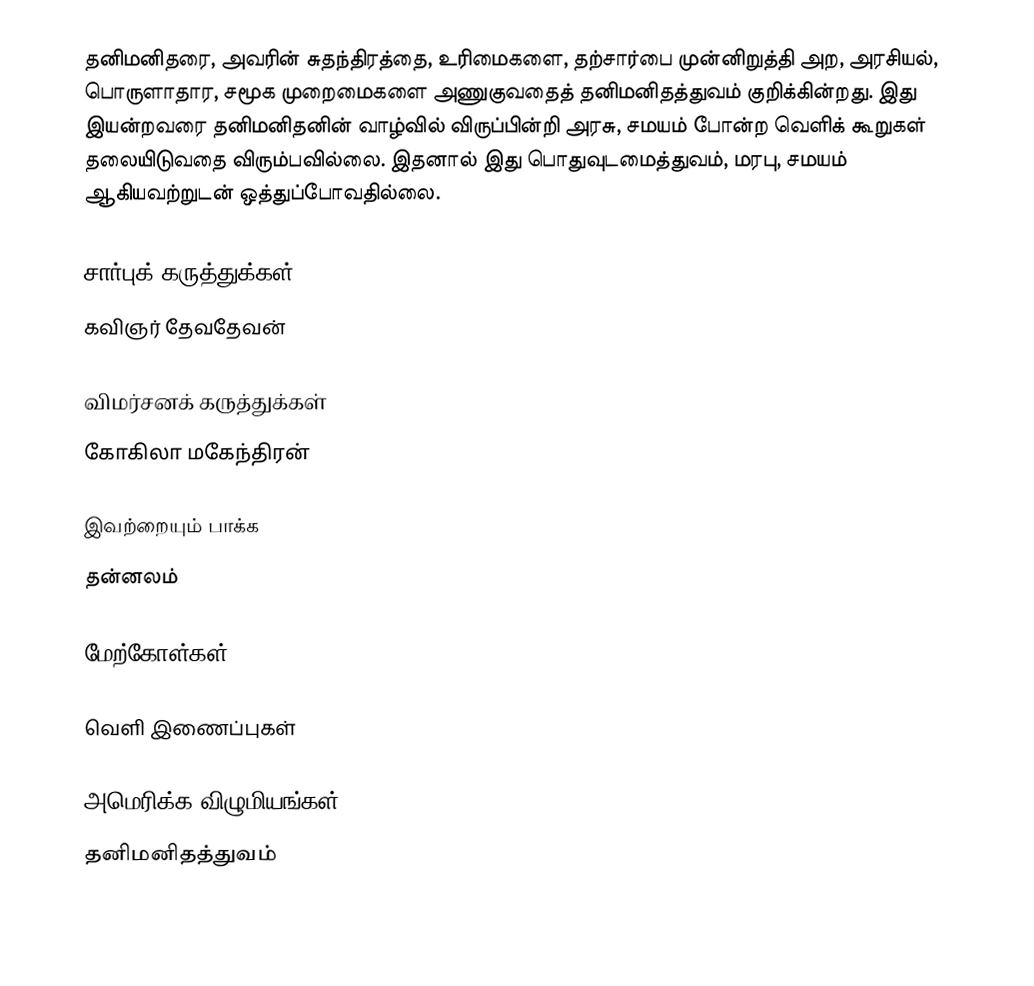
தனிமனிதரை, அவரின் சுதந்திரத்தை, உரிமைகளை, தற்சார்பை முன்னிறுத்தி அற, அரசியல், பொருளாதார, சமூக முறைமைகளை அணுகுவதைத் தனிமனிதத்துவம் குறிக்கின்றது.  இது இயன்றவரை தனிமனிதனின் வாழ்வில் விருப்பின்றி அரசு, சமயம் போன்ற வெளிக் கூறுகள் தலையிடுவதை விரும்பவில்லை.  இதனால் இது பொதுவுடமைத்துவம், மரபு, சமயம் ஆகியவற்றுடன் ஒத்துப்போவதில்லை.

சார்புக் கருத்துக்கள்
 கவிஞர் தேவதேவன்

விமர்சனக் கருத்துக்கள்
கோகிலா மகேந்திரன்

இவற்றையும் பாக்க
 தன்னலம்

மேற்கோள்கள்

வெளி இணைப்புகள்

அமெரிக்க விழுமியங்கள்
தனிமனிதத்துவம்